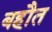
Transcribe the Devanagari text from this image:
बहौत